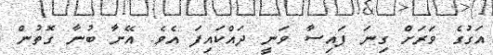
އަގުގެ ވަރަށް ގިނަ ފައިސާ ވަނީ ދައްކައިފަ އެވެ. އޭނާ ބުނާ ގޮތުން